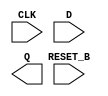
//Generated from netlist by SpyDrNet
//netlist name: FPGA88_SOFA_A
module sky130_fd_sc_hd__dfrtp_1
(
    CLK,
    D,
    RESET_B,
    Q
);

    input CLK;
    input D;
    input RESET_B;
    output Q;

    wire CLK;
    wire D;
    wire Q;
    wire RESET_B;

endmodule